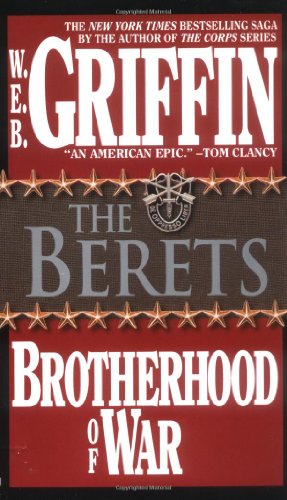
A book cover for The Berets (Brotherhood of War (Book 5); W.E.B. Griffin; Literature & Fiction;